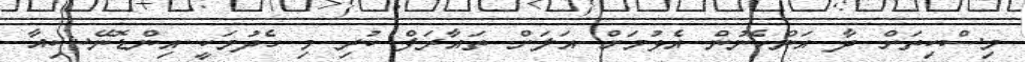
މިސްކިތަށް ދާ އަންހެނުން އެޅުމަށް އަލަށް ތައާރަފް ކުރި މި ހެދުމަކީ އިންޑޮނޭޝިއާ